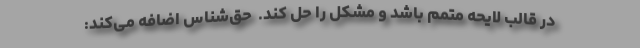
در قالب لایحه متمم باشد و مشكل را حل كند. ‌ حق‌شناس اضافه می‌كند: